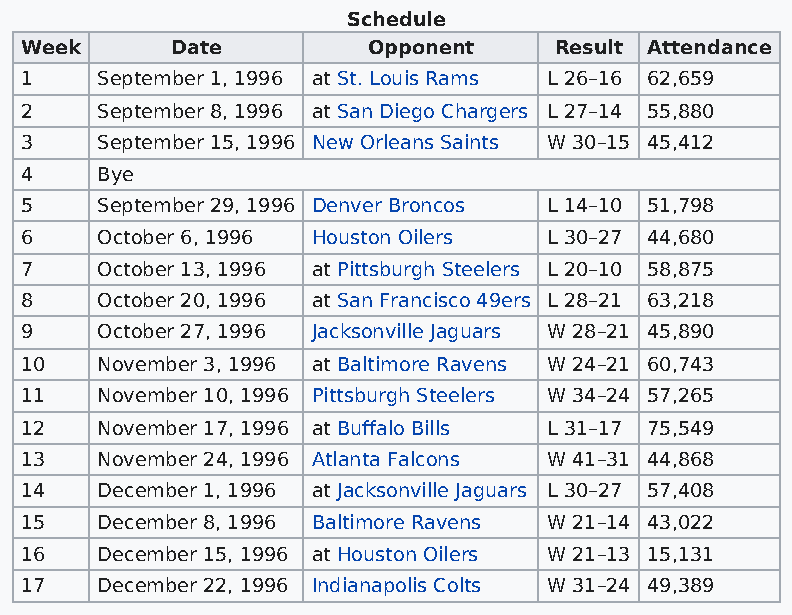
Schedule
 Week      Date         Opponent     Result Attendance
 1    September 1, 1996 at St. Louis Rams L 26–16 62,659
 2    September 8, 1996 at San Diego Chargers L 27–14 55,880
 3    September 15, 1996 New Orleans Saints W 30–15 45,412
 4    Bye
 5    September 29, 1996 Denver Broncos L 14–10 51,798
 6    October 6, 1996 Houston Oilers L 30–27 44,680
 7    October 13, 1996 at Pittsburgh Steelers L 20–10 58,875
 8    October 20, 1996 at San Francisco 49ers L 28–21 63,218
 9    October 27, 1996 Jacksonville Jaguars W 28–21 45,890
 10   November 3, 1996 at Baltimore Ravens W 24–21 60,743
 11   November 10, 1996 Pittsburgh Steelers W 34–24 57,265
 12   November 17, 1996 at Buffalo Bills L 31–17 75,549
 13   November 24, 1996 Atlanta Falcons W 41–31 44,868
 14   December 1, 1996 at Jacksonville Jaguars L 30–27 57,408
 15   December 8, 1996 Baltimore Ravens W 21–14 43,022
 16   December 15, 1996 at Houston Oilers W 21–13 15,131
 17   December 22, 1996 Indianapolis Colts W 31–24 49,389